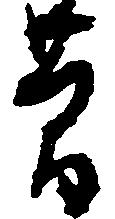
簡